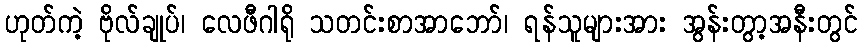
ဟုတ်ကဲ့ ဗိုလ်ချုပ်၊ လေဖီဂါရို သတင်းစာအာဘော်၊ ရန်သူများအား အွန်းတွာ့အနီးတွင်